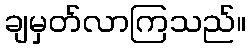
ချမှတ်လာကြသည်။